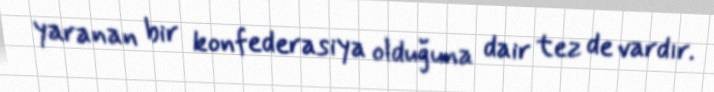
yaranan bir konfederasiya olduğuna dair tez de vardır.